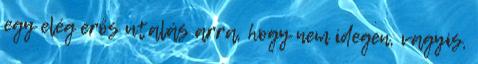
egy elég erős utalás arra, hogy nem idegen, vagyis,